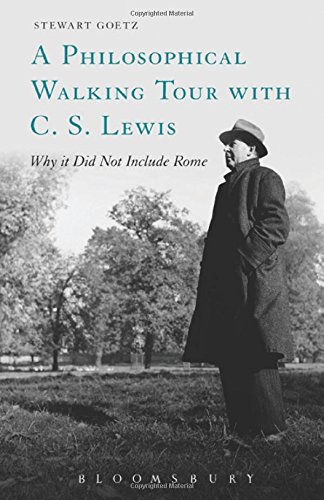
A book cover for A Philosophical Walking Tour with C.S. Lewis: Why It Did Not Include Rome; Stewart Goetz; Literature & Fiction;